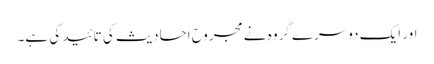
اور ایک دوسرے گروہ نے مجروح احادیث کی تائید کی ہے۔